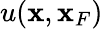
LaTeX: u({{\mathbf x}},{\mathbf x}_{F})